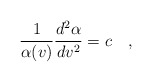
\begin{align*}\frac{1}{\alpha(v)}\frac{d^2\alpha}{dv^2}=c\quad ,\end{align*}